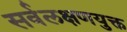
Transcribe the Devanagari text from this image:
सर्वलक्षणयुक्त